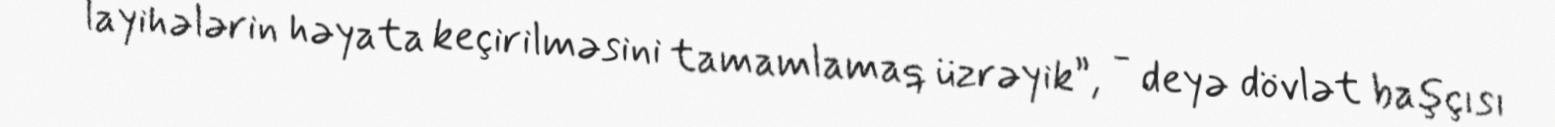
layihələrin həyata keçirilməsini tamamlamaq üzrəyik”, - deyə dövlət başçısı